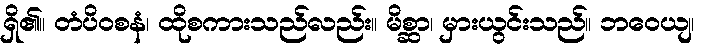
ရှိ၏။ တံပိဝစနံ၊ ထိုစကားသည်လည်း။ မိစ္ဆာ၊ မှားယွင်းသည်။ ဘဝေယျ၊